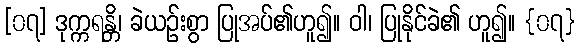
[၀၇] ဒုက္ကရန္တိ၊ ခဲယဉ်းစွာ ပြုအပ်၏ဟူ၍။ ဝါ၊ ပြုနိုင်ခဲ၏ ဟူ၍။ {၀၇}